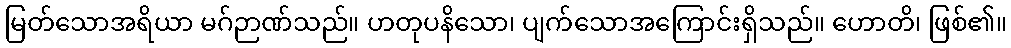
မြတ်သောအရိယာ မဂ်ဉာဏ်သည်။ ဟတုပနိသော၊ ပျက်သောအကြောင်းရှိသည်။ ဟောတိ၊ ဖြစ်၏။